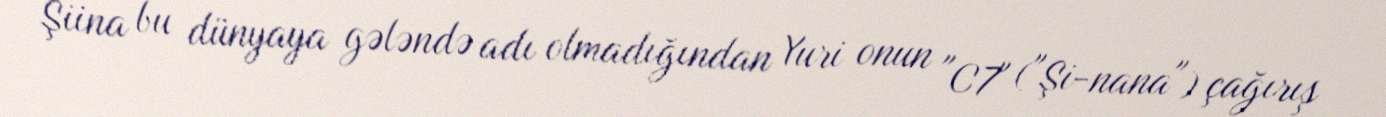
Şiina bu dünyaya gələndə adı olmadığından Yuri onun "C7" ("Şi-nana") çağırış